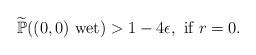
LaTeX: \begin{align*}\widetilde{\mathbb P} ((0,0) \mbox{ wet} ) > 1 - 4\epsilon, \mbox{ if } r = 0.\end{align*}